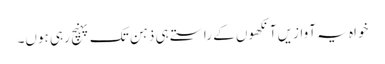
خواہ یہ آوازیں آنکھوں کے راستے ہی ذہن تک پہنچ رہی ہوں۔